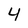
Character: 4